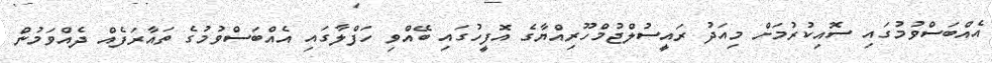
އެއްބަސްވުމުގައި ސޮއިކުރުމަށް މިއަދު ރައީސުލްޖުމްހޫރިއްޔާގެ އޮފީހުގައި ބޭއްވި ހަފްލާގައި އެއްބަސްވުމުގެ ތައާރަފެއް ދެއްވަމުން